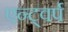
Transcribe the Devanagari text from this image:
एन्ट्वर्प